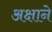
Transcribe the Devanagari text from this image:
अक्षाने